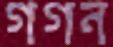
গগন